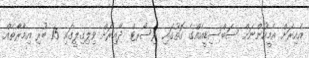
އެއިރަށް އެމީހުންނަށް ސަބްސިޑީއެއްގެ ގޮތުގައި ރިސޯރޓް ދޭއިރަށް ވިލިގިލީގައި 15 ބުރި އިމާރާތެއް